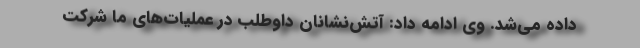
داده می‌شد. وی ادامه داد: آتش‌نشانان داوطلب در عملیات‌های ما شرکت